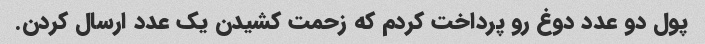
پول دو عدد دوغ رو پرداخت کردم که زحمت کشیدن یک عدد ارسال کردن.